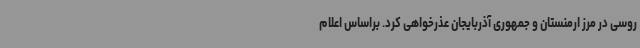
روسی در مرز ارمنستان و جمهوری آذربایجان عذرخواهی کرد. براساس اعلام